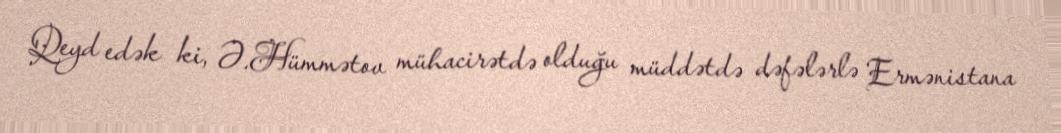
Qeyd edək ki, Ə.Hümmətov mühacirətdə olduğu müddətdə dəfələrlə Ermənistana